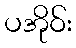
ပအိုဝ်း